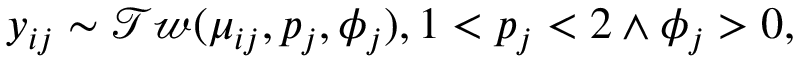
y _ { i j } \sim \mathcal { T w } ( \mu _ { i j } , p _ { j } , \phi _ { j } ) , 1 < p _ { j } < 2 \land \phi _ { j } > 0 ,